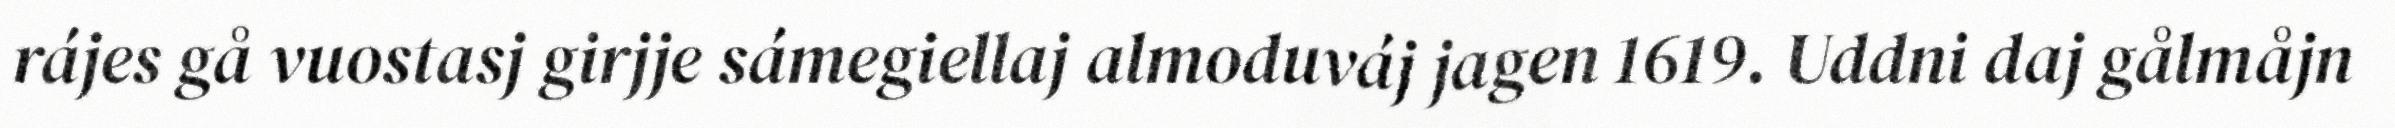
rájes gå vuostasj girjje sámegiellaj almoduváj jagen 1619. Uddni daj gålmåjn